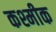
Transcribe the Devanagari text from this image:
कश्मीक